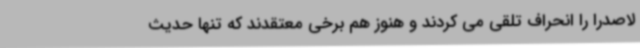
لاصدرا را انحراف تلقی می کردند و هنوز هم برخی معتقدند که تنها حدیث